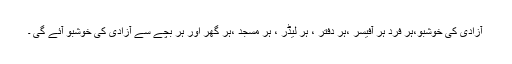
آزادی کی خوشبو،ہر فرد ہر آفیسر ،ہر دفتر ، ہر لیڈر ، ہر مسجد ،ہر گھر اور ہر بچے سے آزادی کی خوشبو آئے گی ۔